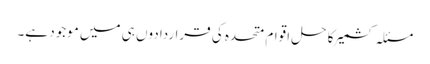
مسئلہ کشمیر کا حل اقوام متحدہ کی قراردادوں ہی میں موجود ہے۔